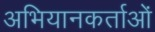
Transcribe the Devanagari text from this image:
अभियानकर्ताओं